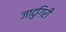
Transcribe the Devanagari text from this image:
जादुगिरी